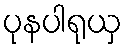
ပုနပါရုယှ